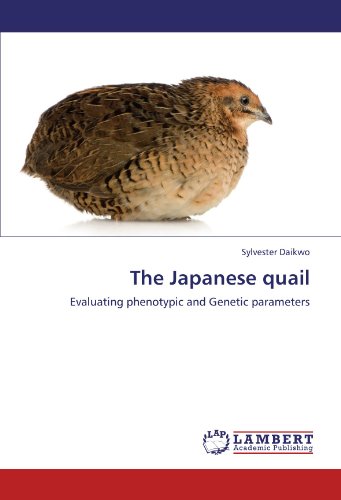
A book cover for The Japanese quail: Evaluating phenotypic and Genetic parameters; Sylvester Daikwo; Teen & Young Adult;